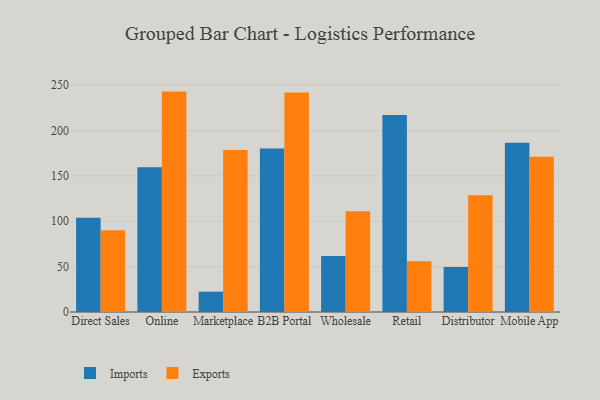
{"axis": {"x": "Channel", "y": "Headcount"}, "legend": ["Exports", "Imports"], "data": [{"x": "Direct Sales", "y": 103.8, "type": "Imports"}, {"x": "Direct Sales", "y": 90.1, "type": "Exports"}, {"x": "Online", "y": 159.6, "type": "Imports"}, {"x": "Online", "y": 242.9, "type": "Exports"}, {"x": "Marketplace", "y": 22.4, "type": "Imports"}, {"x": "Marketplace", "y": 178.5, "type": "Exports"}, {"x": "B2B Portal", "y": 180.2, "type": "Imports"}, {"x": "B2B Portal", "y": 241.9, "type": "Exports"}, {"x": "Wholesale", "y": 61.7, "type": "Imports"}, {"x": "Wholesale", "y": 111.1, "type": "Exports"}, {"x": "Retail", "y": 217.0, "type": "Imports"}, {"x": "Retail", "y": 56.0, "type": "Exports"}, {"x": "Distributor", "y": 49.5, "type": "Imports"}, {"x": "Distributor", "y": 128.7, "type": "Exports"}, {"x": "Mobile App", "y": 186.4, "type": "Imports"}, {"x": "Mobile App", "y": 171.0, "type": "Exports"}]}